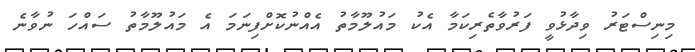
މިނިސްޓަރު ވިދާޅުވީ ފަރުވާތެރިކަމާ އެކު މައުލޫމާތު އެއްނުކޮށްފިނަމަ އެ މައުލޫމާތު ސައްހަ ނުވާނެ